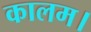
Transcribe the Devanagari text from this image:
कालम।